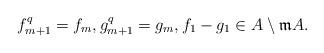
LaTeX: \begin{align*} f_{m+1}^q=f_m,g_{m+1}^q=g_m, f_1-g_1\in A\setminus\mathfrak{m}A. \end{align*}